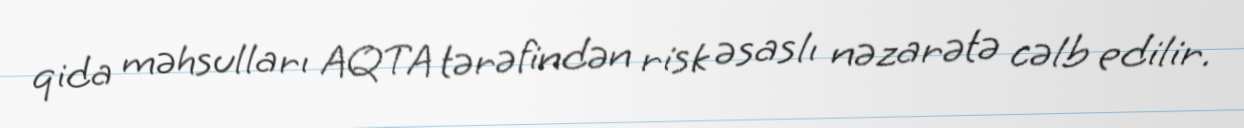
qida məhsulları AQTA tərəfindən risk əsaslı nəzarətə cəlb edilir.